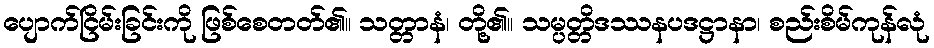
ပျောက်ငြိမ်းခြင်းကို ဖြစ်စေတတ်၏။ သတ္တာနံ၊ တို့၏။ သမ္ပတ္တိဒဿနပဒဋ္ဌာနာ၊ စည်းစိမ်ကုန်လုံ